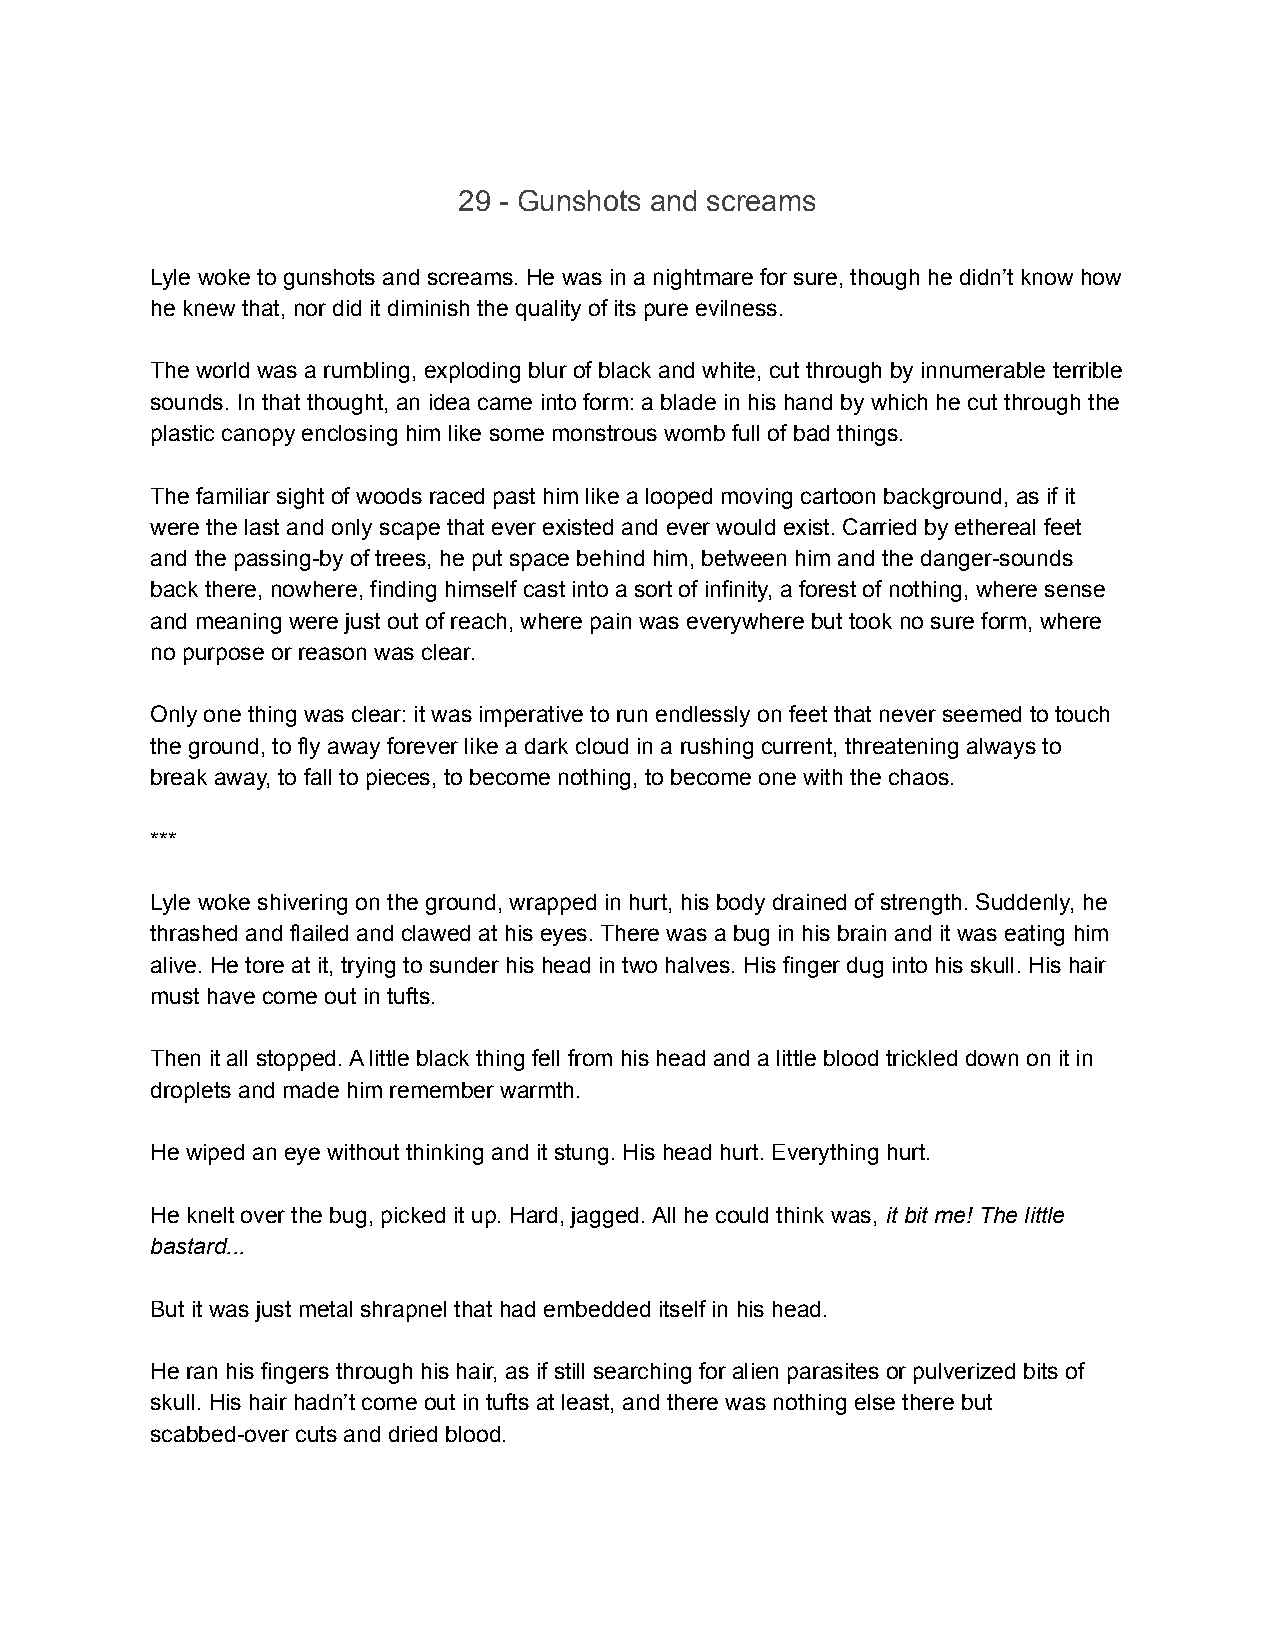
29 - Gunshots and screams
 Lyle woke to gunshots and screams. He was in a nightmare for sure, though he didn’t know how
 he knew that, nor did it diminish the quality of its pure evilness.
 The world was a rumbling, exploding blur of black and white, cut through by innumerable terrible
 sounds. In that thought, an idea came into form: a blade in his hand by which he cut through the
 plastic canopy enclosing him like some monstrous womb full of bad things.
 The familiar sight of woods raced past him like a looped moving cartoon background, as if it
 were the last and only scape that ever existed and ever would exist. Carried by ethereal feet
 and the passing-by of trees, he put space behind him, between him and the danger-sounds
 back there, nowhere, finding himself cast into a sort of infinity, a forest of nothing, where sense
 and meaning were just out of reach, where pain was everywhere but took no sure form, where
 no purpose or reason was clear.
 Only one thing was clear: it was imperative to run endlessly on feet that never seemed to touch
 the ground, to fly away forever like a dark cloud in a rushing current, threatening always to
 break away, to fall to pieces, to become nothing, to become one with the chaos.
 ***
 Lyle woke shivering on the ground, wrapped in hurt, his body drained of strength. Suddenly, he
 thrashed and flailed and clawed at his eyes. There was a bug in his brain and it was eating him
 alive. He tore at it, trying to sunder his head in two halves. His finger dug into his skull. His hair
 must have come out in tufts.
 Then it all stopped. A little black thing fell from his head and a little blood trickled down on it in
 droplets and made him remember warmth.
 He wiped an eye without thinking and it stung. His head hurt. Everything hurt.
 He knelt over the bug, picked it up. Hard, jagged. All he could think was, it bit me! The little
 bastard...
 But it was just metal shrapnel that had embedded itself in his head.
 He ran his fingers through his hair, as if still searching for alien parasites or pulverized bits of
 skull. His hair hadn’t come out in tufts at least, and there was nothing else there but
 scabbed-over cuts and dried blood.